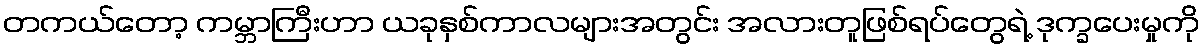
တကယ်တော့ ကမ္ဘာကြီးဟာ ယခုနှစ်ကာလများအတွင်း အလားတူဖြစ်ရပ်တွေရဲ့ ဒုက္ခပေးမှုကို